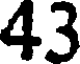
43